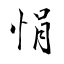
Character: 悁